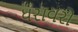
ધરાવરો